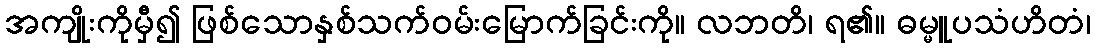
အကျိုးကိုမှီ၍ ဖြစ်သောနှစ်သက်ဝမ်းမြောက်ခြင်းကို။ လဘတိ၊ ရ၏။ ဓမ္မူပသံဟိတံ၊